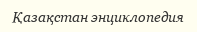
Қазақстан энциклопедия